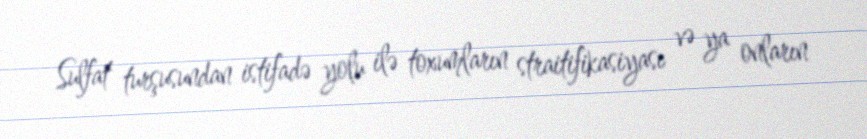
Sulfat turşusundan istifadə yolu ilə toxumların straitifikasiyası və ya onların